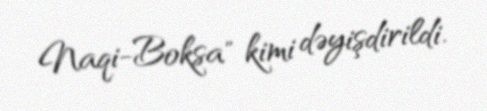
Naqi-Boksa" kimi dəyişdirildi.